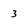
Character: 3